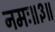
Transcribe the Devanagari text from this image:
नमः॥३॥